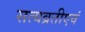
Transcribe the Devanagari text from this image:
सत्यव्रतीएवं